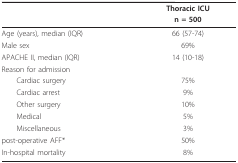
|  | Thoracic ICU |
 |  | n = 500 |
 | --- | --- |
 | Age (years), median (IQR) | 66 (57-74) |
 | Male sex | 69% |
 | APACHE II, median (IQR) | 14 (10-18) |
 | Reason for admission |  |
 | Cardiac surgery | 75% |
 | Cardiac arrest | 9% |
 | Other surgery | 10% |
 | Medical | 5% |
 | Miscellaneous | 3% |
 | post-operative AFF* | 50% |
 | In-hospital mortality | 8% |